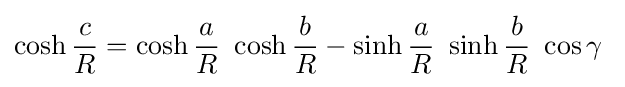
\cosh {\frac {c}{R}}=\cosh {\frac {a}{R}}\ \cosh {\frac {b}{R}}-\sinh {\frac {a}{R}}\ \sinh {\frac {b}{R}}\ \cos \gamma \